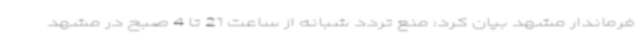
فرماندار مشهد بیان کرد: منع تردد شبانه از ساعت 21 تا 4 صبح در مشهد